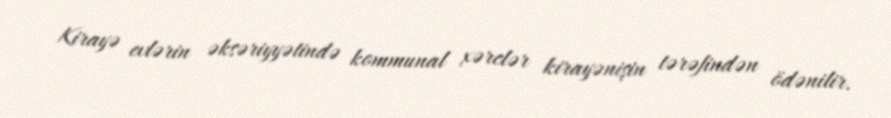
Kirayə evlərin əksəriyyətində kommunal xərclər kirayənişin tərəfindən ödənilir.